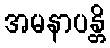
အမနာပန္တိ